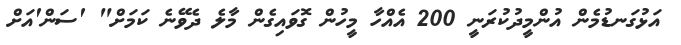
އަޅުގަނޑުމެން އުންމީދުކުރަނީ 200 އެއްހާ މީހުން ގޮވައިގެން މާލެ ދެވޭނެ ކަމަށް" 'ސަން'އަށް